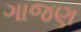
ગાજણ